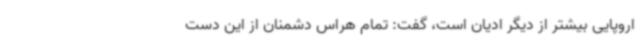
اروپایی بیشتر از دیگر ادیان است، گفت: تمام هراس دشمنان از این دست